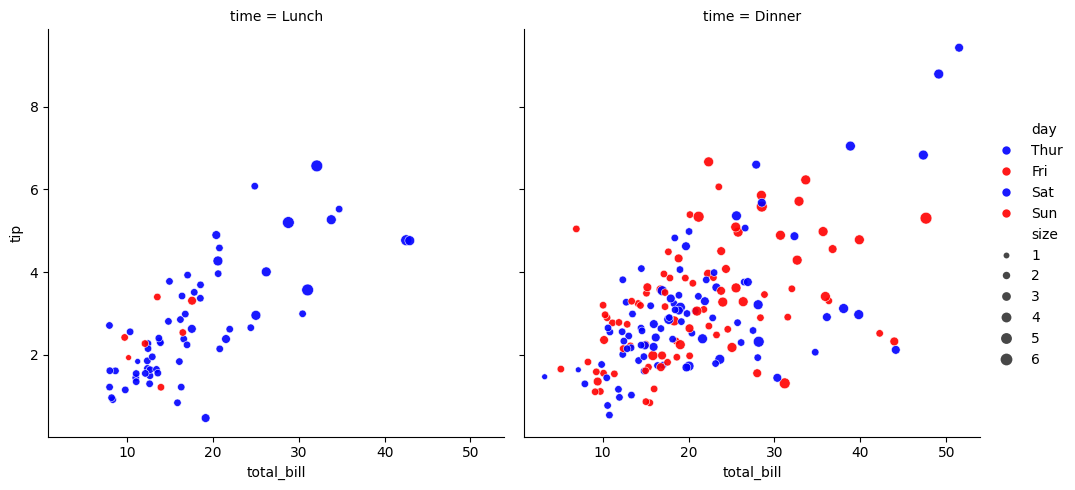
python, seaborn, relplot, alpha=0.9